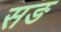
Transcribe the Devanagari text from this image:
सङ